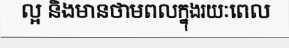
ល្អ និងមានថាមពលក្នុងរយៈពេល